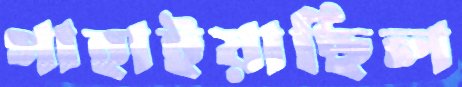
গাহাইয়াছিল